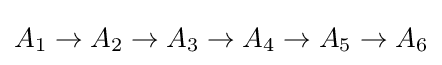
A_{1}\to A_{2}\to A_{3}\to A_{4}\to A_{5}\to A_{6}